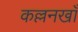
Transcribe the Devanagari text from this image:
कल्लनखाँ